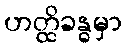
ဟတ္ထိခန္ဓမှာ